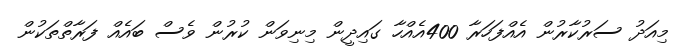
މިއަދު ސަރުކާރުން އެއްފަހަރާ 400އެއްހާ ގައިދީން މިނިވަން ކުރުން ވެސް ބައެއް ފަރާތްތަކުން